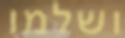
ושלמו